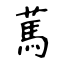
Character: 䔍